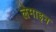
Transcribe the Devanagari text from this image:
लेमाइन